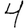
Digit: 4